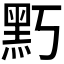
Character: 𪐚